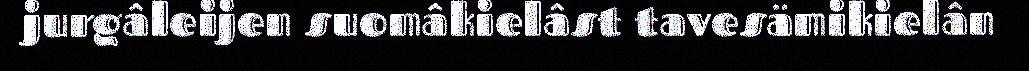
jurgâleijen suomâkielâst tavesämikielân